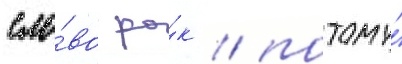
сло́во ро́к / потому́